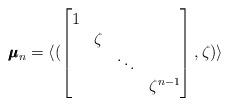
LaTeX: \begin{align*}\pmb{\mu}_n = \langle ( \begin{bmatrix} 1 & & & \\ & \zeta & & \\ & & \ddots & \\ & & & \zeta^{n-1} \end{bmatrix}, \zeta ) \rangle \end{align*}